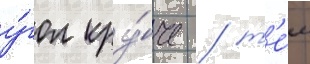
у́гол кру́че / т'е́м